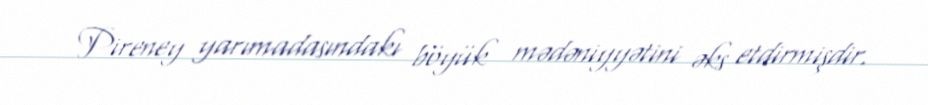
Pireney yarımadasındakı böyük mədəniyyətini əks etdirmişdir.